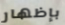
بإظهار